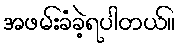
အဖမ်းခံခဲ့ရပါတယ်။